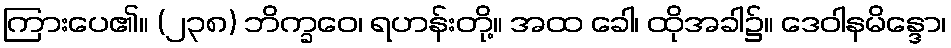
ကြားပေ၏။ (၂၃၈) ဘိက္ခဝေ၊ ရဟန်းတို့။ အထ ခေါ၊ ထိုအခါ၌။ ဒေဝါနမိန္ဒော၊